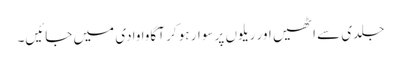
جلدی سے اٹھیں اور ریلوں پر سوار ہو کر آگاوا وادی میں جائیں۔